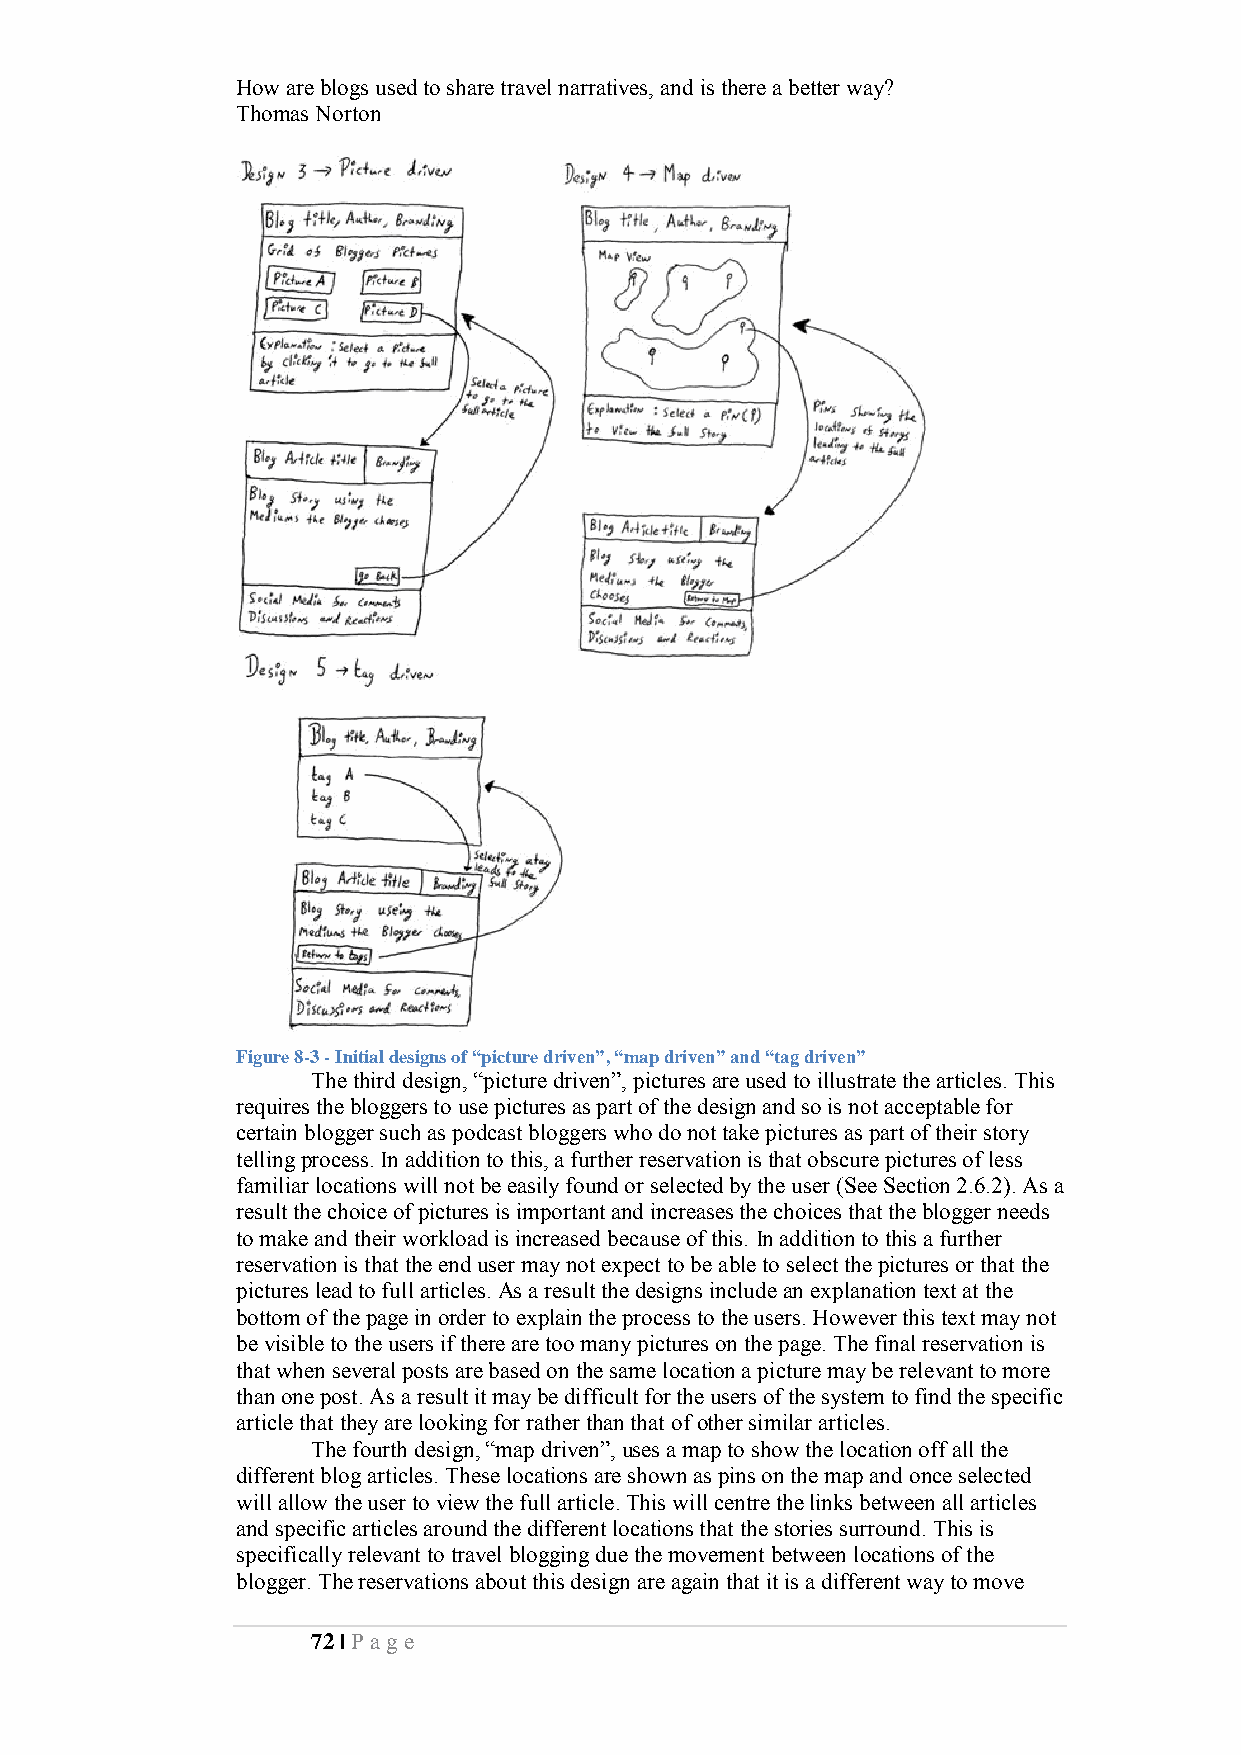
How are blogs used to share travel narratives, and is there a better way?
 Thomas Norton
 Figure 8-3 - Initial designs of “picture driven”, “map driven” and “tag driven”
 The third design, “picture driven”, pictures are used to illustrate the articles. This
 requires the bloggers to use pictures as part of the design and so is not acceptable for
 certain blogger such as podcast bloggers who do not take pictures as part of their story
 telling process. In addition to this, a further reservation is that obscure pictures of less
 familiar locations will not be easily found or selected by the user (See Section 2.6.2). As a
 result the choice of pictures is important and increases the choices that the blogger needs
 to make and their workload is increased because of this. In addition to this a further
 reservation is that the end user may not expect to be able to select the pictures or that the
 pictures lead to full articles. As a result the designs include an explanation text at the
 bottom of the page in order to explain the process to the users. However this text may not
 be visible to the users if there are too many pictures on the page. The final reservation is
 that when several posts are based on the same location a picture may be relevant to more
 than one post. As a result it may be difficult for the users of the system to find the specific
 article that they are looking for rather than that of other similar articles.
 The fourth design, “map driven”, uses a map to show the location off all the
 different blog articles. These locations are shown as pins on the map and once selected
 will allow the user to view the full article. This will centre the links between all articles
 and specific articles around the different locations that the stories surround. This is
 specifically relevant to travel blogging due the movement between locations of the
 blogger. The reservations about this design are again that it is a different way to move
 72 | Pa ge